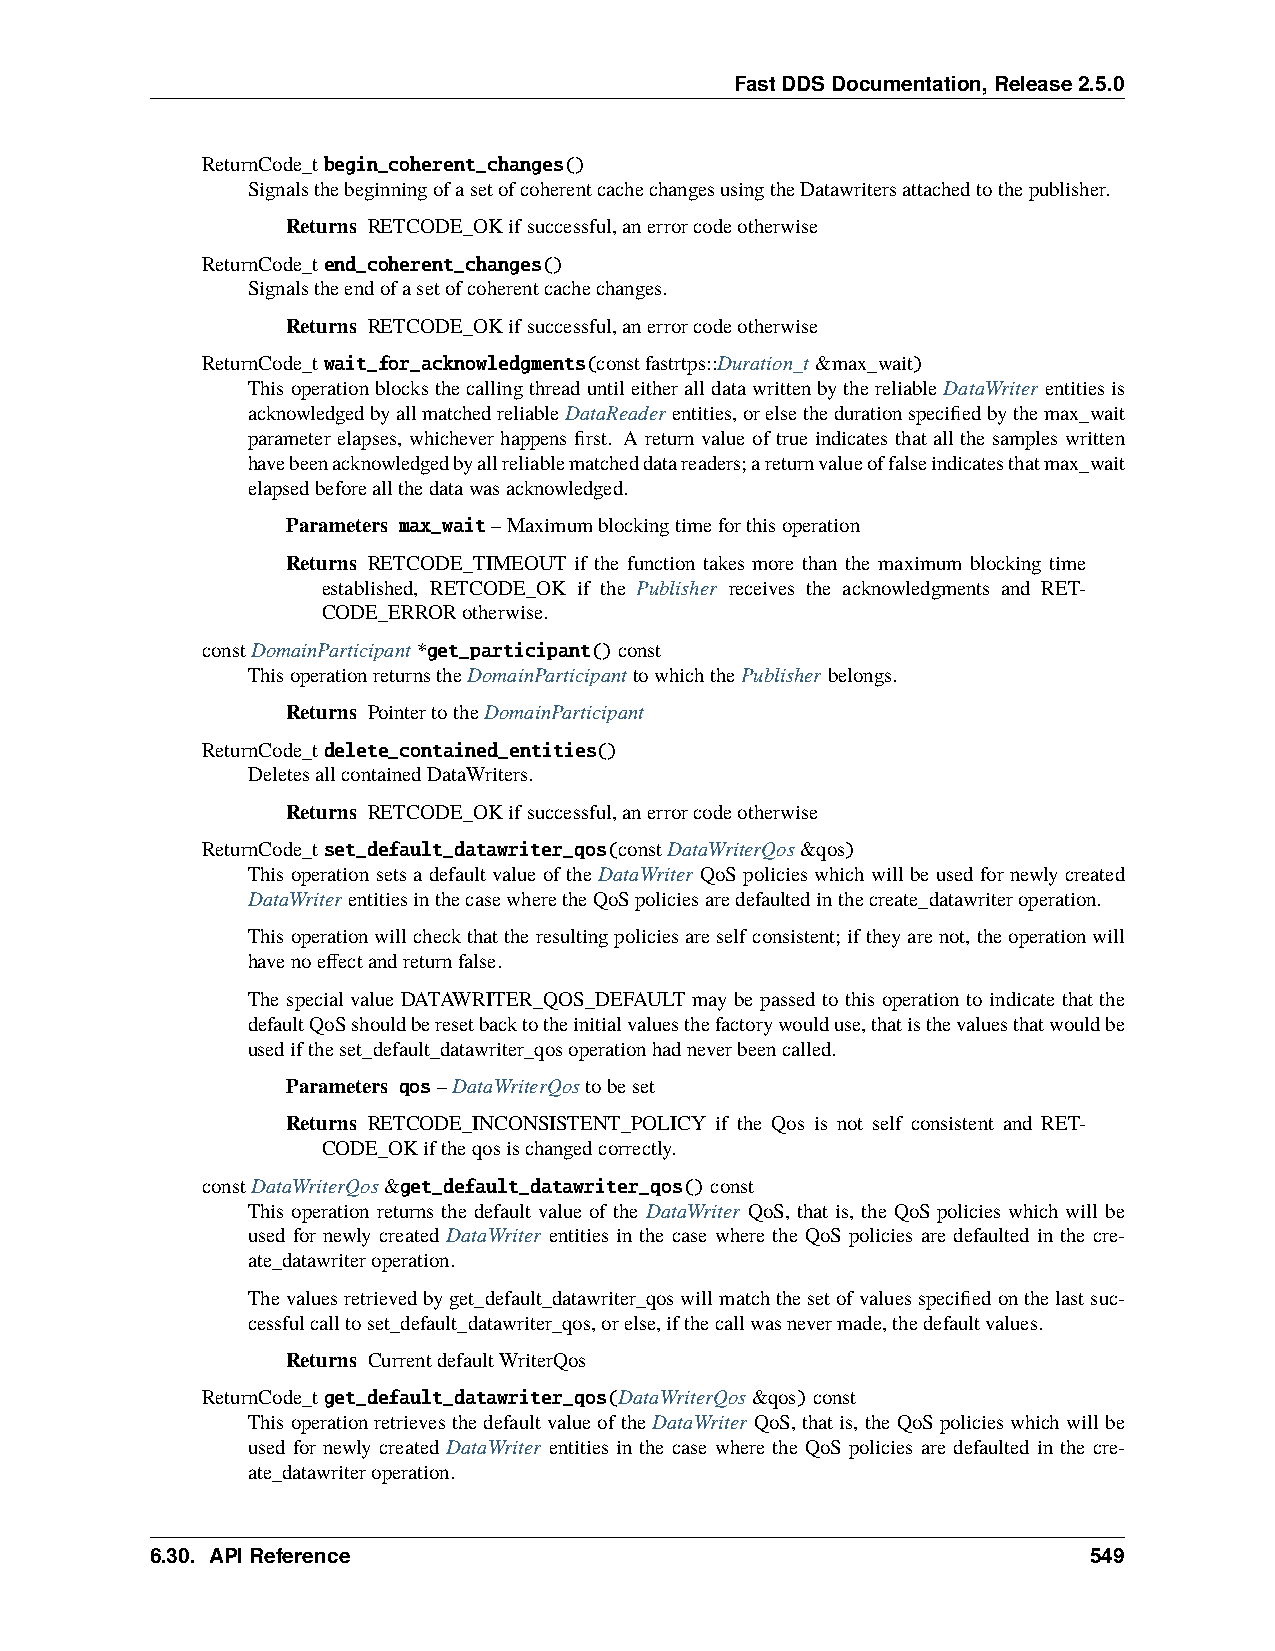
FastDDSDocumentation,Release2.5.0
 ReturnCode_tbegin_coherent_changes()
 SignalsthebeginningofasetofcoherentcachechangesusingtheDatawritersattachedtothepublisher.
 Returns RETCODE_OKifsuccessful,anerrorcodeotherwise
 ReturnCode_tend_coherent_changes()
 Signalstheendofasetofcoherentcachechanges.
 Returns RETCODE_OKifsuccessful,anerrorcodeotherwise
 ReturnCode_twait_for_acknowledgments(constfastrtps::Duration_t&max_wait)
 ThisoperationblocksthecallingthreaduntileitheralldatawrittenbythereliableDataWriter entitiesis
 acknowledgedbyallmatchedreliableDataReader entities,orelsethedurationspecifiedbythemax_wait
 parameter elapses, whichever happens first. A return value of true indicates that all the samples written
 havebeenacknowledgedbyallreliablematcheddatareaders;areturnvalueoffalseindicatesthatmax_wait
 elapsedbeforeallthedatawasacknowledged.
 Parameters max_wait–Maximumblockingtimeforthisoperation
 Returns RETCODE_TIMEOUT if the function takes more than the maximum blocking time
 established, RETCODE_OK if the Publisher receives the acknowledgments and RET-
 CODE_ERRORotherwise.
 constDomainParticipant*get_participant()const
 ThisoperationreturnstheDomainParticipanttowhichthePublisherbelongs.
 Returns PointertotheDomainParticipant
 ReturnCode_tdelete_contained_entities()
 DeletesallcontainedDataWriters.
 Returns RETCODE_OKifsuccessful,anerrorcodeotherwise
 ReturnCode_tset_default_datawriter_qos(constDataWriterQos&qos)
 This operation sets a default value of the DataWriter QoS policies which will be used for newly created
 DataWriterentitiesinthecasewheretheQoSpoliciesaredefaultedinthecreate_datawriteroperation.
 Thisoperationwillcheckthattheresultingpoliciesareselfconsistent; iftheyarenot, theoperationwill
 havenoeffectandreturnfalse.
 The special value DATAWRITER_QOS_DEFAULT may be passed to this operation to indicate that the
 defaultQoSshouldberesetbacktotheinitialvaluesthefactorywoulduse,thatisthevaluesthatwouldbe
 usediftheset_default_datawriter_qosoperationhadneverbeencalled.
 Parameters qos–DataWriterQostobeset
 Returns RETCODE_INCONSISTENT_POLICY if the Qos is not self consistent and RET-
 CODE_OKiftheqosischangedcorrectly.
 constDataWriterQos&get_default_datawriter_qos()const
 This operation returns the default value of the DataWriter QoS, that is, the QoS policies which will be
 used for newly created DataWriter entities in the case where the QoS policies are defaulted in the cre-
 ate_datawriteroperation.
 Thevaluesretrievedbyget_default_datawriter_qoswillmatchthesetofvaluesspecifiedonthelastsuc-
 cessfulcalltoset_default_datawriter_qos,orelse,ifthecallwasnevermade,thedefaultvalues.
 Returns CurrentdefaultWriterQos
 ReturnCode_tget_default_datawriter_qos(DataWriterQos&qos)const
 ThisoperationretrievesthedefaultvalueoftheDataWriter QoS,thatis, theQoSpolicieswhichwillbe
 used for newly created DataWriter entities in the case where the QoS policies are defaulted in the cre-
 ate_datawriteroperation.
 6.30. APIReference                                            549